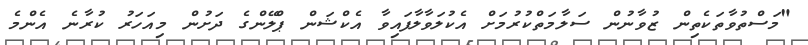
"މަސްތުވާތަކެތިން ޒުވާނުން ސަލާމަތްކުރުމަށް އެކުލަވާލާފައިވާ އެކްޝަން ޕްލޭންގެ ދަށުން މިއަހަރު ކުރާނެ އެންމެ